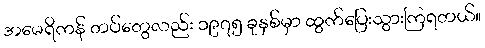
အမေရိကန် တပ်တွေလည်း ၁၉၇၅ ခုနှစ်မှာ ထွက်ပြေးသွားကြရတယ်။